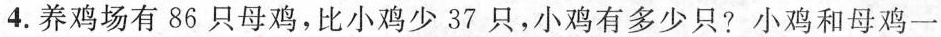
4.养鸡场有86只母鸡，比小鸡少37只，小鸡有多少只?小鸡和母鸡一